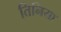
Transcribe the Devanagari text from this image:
तिनिया